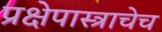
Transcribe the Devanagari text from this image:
प्रक्षेपास्त्राचेच